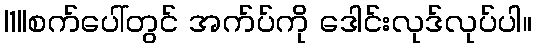
|1||စက်ပေါ်တွင် အက်ပ်ကို ဒေါင်းလုဒ်လုပ်ပါ။